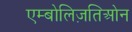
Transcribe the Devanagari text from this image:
एम्बोलिज़तिओन